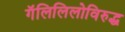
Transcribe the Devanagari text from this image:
गॅलिलिलोविरुद्ध